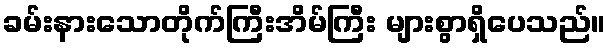
ခမ်းနားသောတိုက်ကြီးအိမ်ကြီး များစွာရှိပေသည်။